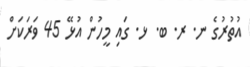
އުތުރުގެ ނ. ރ. ބ. ޅ. ގައި މީހުން އުޅޭ 45 ވަރަކަށް